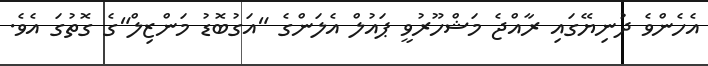
އެހެންވެ ދުނިޔޭގައި ރާއްޖެ މަޝްހޫރުވީ ޕައުލް އެލަންގެ "އަގުބޮޑު މަންޒިލް"ގެ ގޮތުގަ އެވެ.